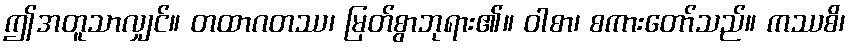
ဤအတူသာလျှင်။ တထာဂတဿ၊ မြတ်စွာဘုရား၏။ ဝါစာ၊ စကားတော်သည်။ ကဿစိ၊